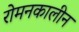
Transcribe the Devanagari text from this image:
रोमनकालीन